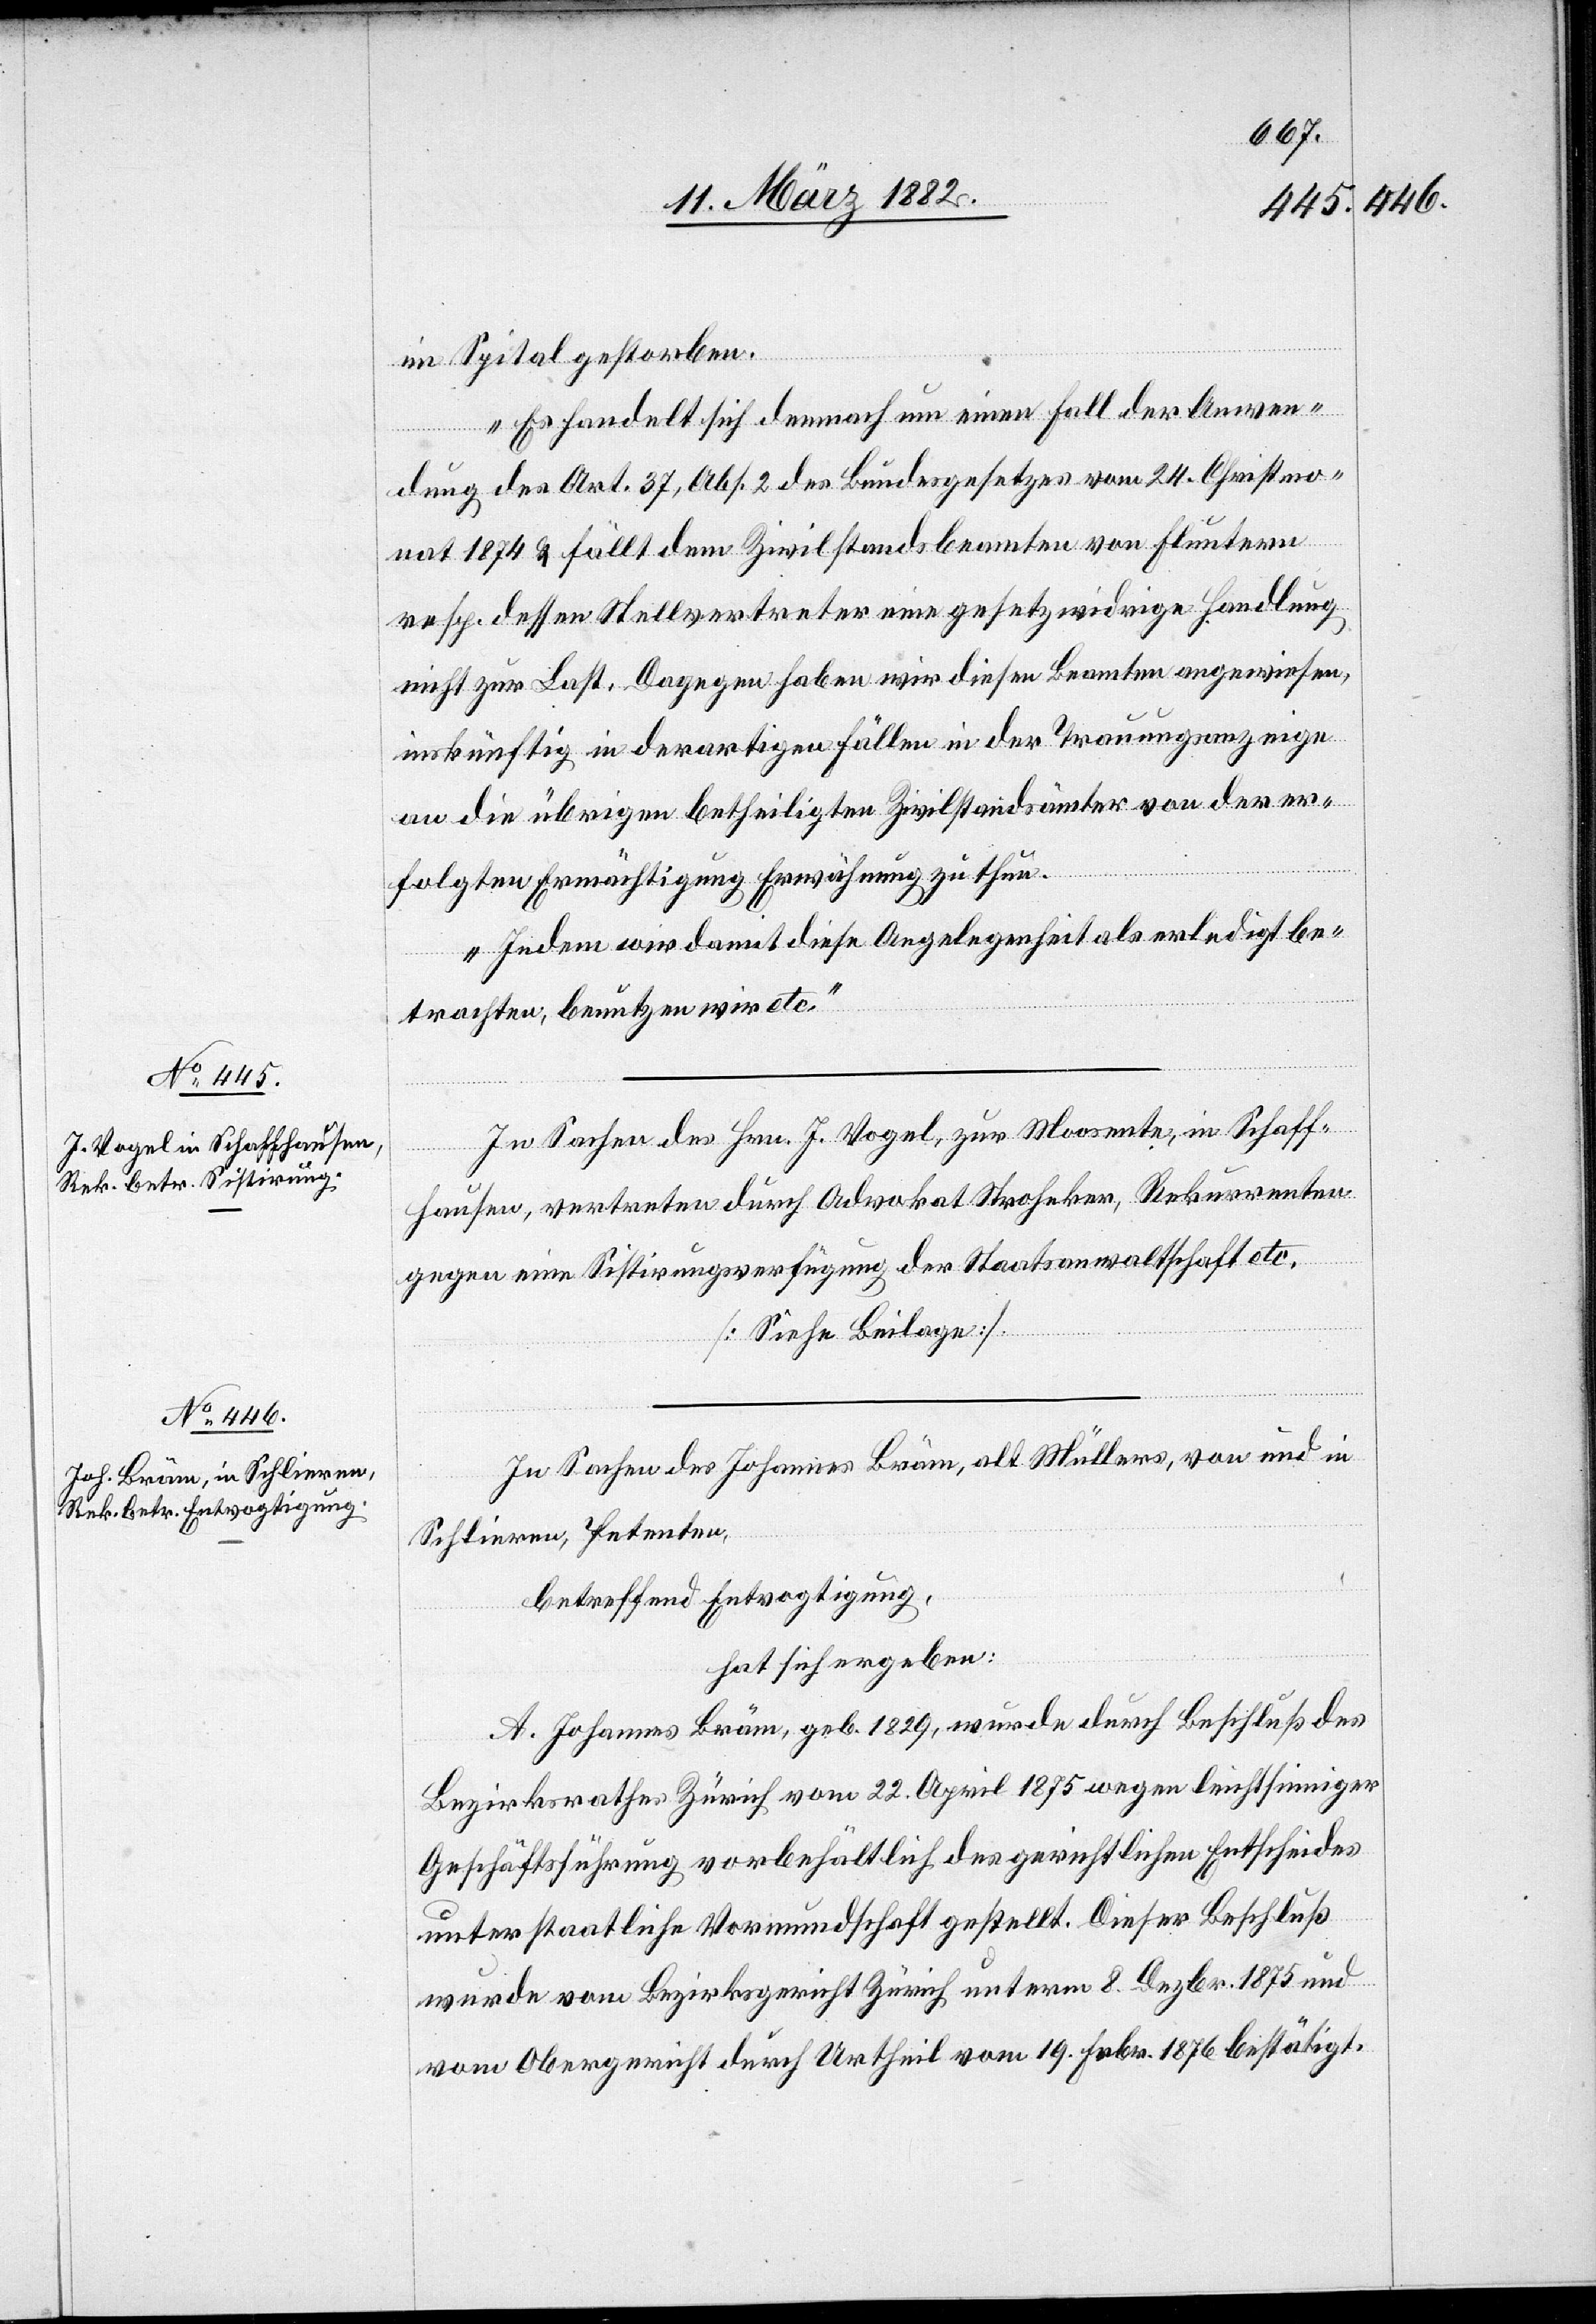
im Spital gestorben.
Es handelt sich demnach um einen Fall der Anwen¬
dung des Art. 37, Abs. 2 des Bundesgesetzes vom 24. Christmo¬
nat 1874 & fällt dem Zivilstandsbeamten von Fluntern
resp. dessen Stellvertreter eine gesetzwidrige Handlung
nicht zur Last. Dagegen haben wir diese Beamten angewiesen,
inkünftig in derartigen Fällen in der Trauungsanzeige
an die übrigen betheiligten Zivilstandsämter von der er¬
folgten Ermächtigung Erwähnung zu thun.
Indem wir damit diese Angelegenheit als erledigt be¬
trachten, benutzen wir etc.“
In Sachen des Johannes Bräm, alt Müllers, von und in
Schlieren, Petenten
betreffend Entvogtigung,
hat sich ergeben:
A. Johannes Bräm, geb. 1829, wurde durch Beschluß des
Bezirksrathes Zürich, vom 22. April 1875 wegen leichtsinniger
Geschäftsführung vorbehältlich des gerichtlichen Entscheides
unter staatliche Vormundschaft gestellt. Dieser Beschluß
wurde vom Bezirksrath Zürich unterm 8. Dezbr. 1875 und
vom Obergericht durch Urtheil vom 19. Febr. 1876 bestätigt.